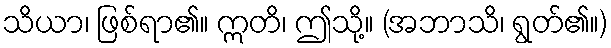
သိယာ၊ ဖြစ်ရာ၏။ ဣတိ၊ ဤသို့။ (အဘာသိ၊ ရွတ်၏။)